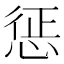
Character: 惩